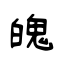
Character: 魄